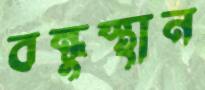
বন্ধুস্থান